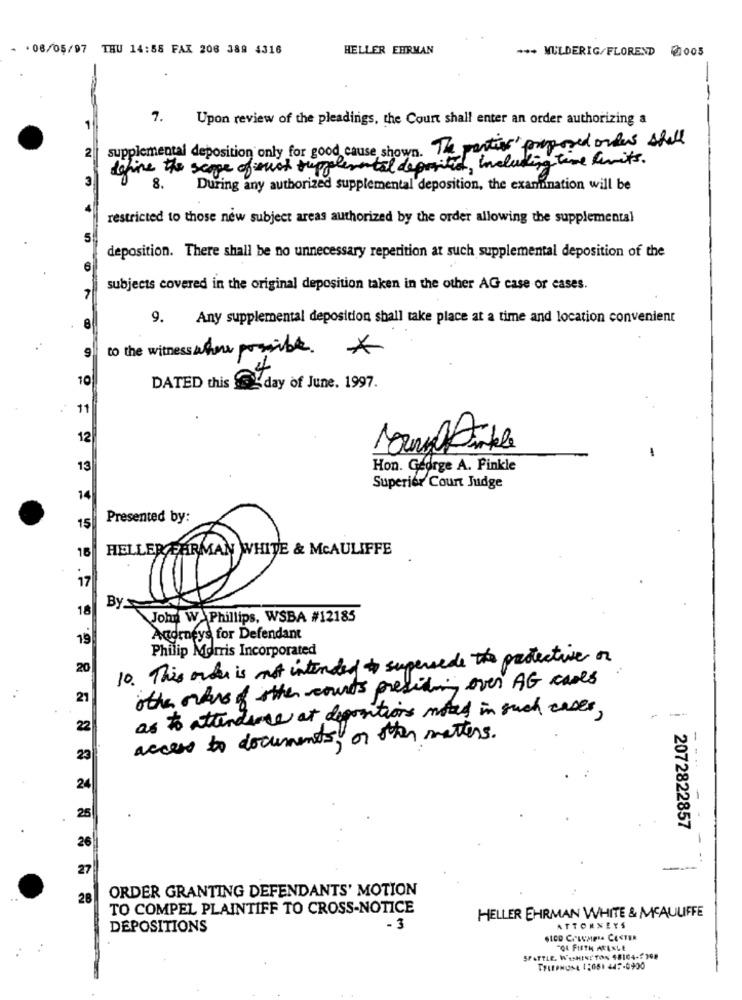
- . 08/05/97 THU 14:58 FAX 206 389 4316
HELLER EHRMAN
*** MULDERIG/FLOREND 2005
7.
Upon review of the pleadings, the Court shall enter an order authorizing a
1
supplemental deposition only for good cause shown. The partir proposed onles stal
define the scope of much supplemental deposited, including time limits.
8.
During any authorized supplemental deposition, the examination will be
restricted to those new subject areas authorized by the order allowing the supplemental
deposition. There shall be no unnecessary reperition at such supplemental deposition of the
6
subjects covered in the original deposition taken in the other AG case or cases.
8
9. Any supplemental deposition shall take place at a time and location convenient
to the witness ahow possible. *
9
10
DATED this day of June. 1997.
11
12
Mul Pinkle
-
13
Hon. George A. Pinkle
Superior Court Judge
14
Presented by:
15
HELLER FARMAN WHITE & MCAULIFFE
16
17
18
By
John W. Phillips, WSBA #12185
19
Acorneys for Defendant
Philip Morris Incorporated
10. This order is not intended to supersede the protective or
20
other orders of other counts presiding over AG cases
21
as to attendance at depositions noted in such cases,
--
22
access to documents, or other matters.
23
24
-
25
2072822857
-
26
27
-
28
ORDER GRANTING DEFENDANTS' MOTION
TO COMPEL PLAINTIFF TO CROSS-NOTICE
HELLER EHRMAN WHITE & MCAULIFFE
DEPOSITIONS
- 3
ATTORNEYS
SICO CILUMPRA CESTER
"OL FIFTH ARENLE
SPATTLE, WASHINGTON 48104-2308